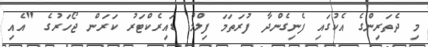
މި ދެތަރިންގެ އެކުގައި ފެނިގެންދާ ފުރަތަމަ ފިލްމް ޑައިރެކްޓަރު ކަރަން ޖޯހަރުގެ "އެއި